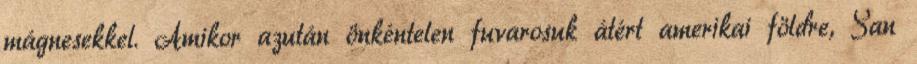
mágnesekkel. Amikor azután önkéntelen fuvarosuk átért amerikai földre, San